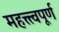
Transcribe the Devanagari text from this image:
महत्त्त्वपूर्ण